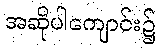
အဆိုပါကျောင်း၌